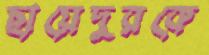
ছায়েদুরকে